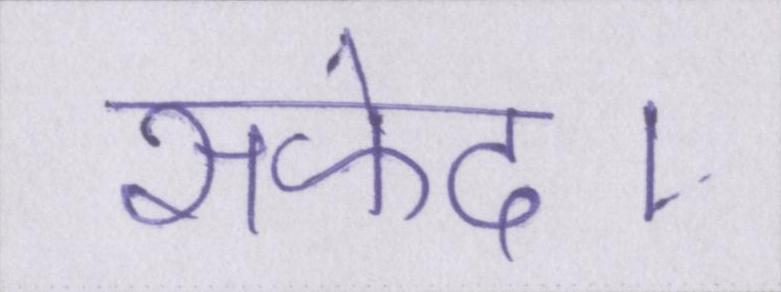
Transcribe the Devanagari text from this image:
सफेद।